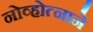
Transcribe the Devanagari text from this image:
नोव्होत्नाने